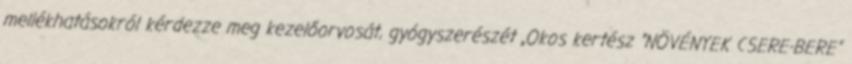
mellékhatásokról kérdezze meg kezelőorvosát, gyógyszerészét „Okos kertész ”NÖVÉNYEK CSERE-BERE"